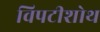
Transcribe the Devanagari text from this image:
विपटीशोथ